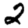
Digit: 2